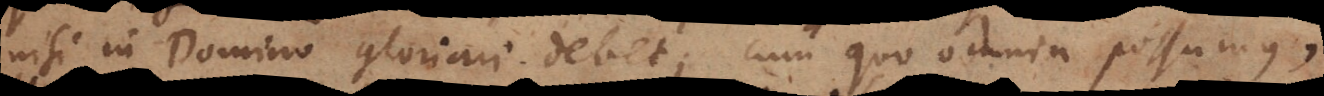
nisi in Domino gloriari debet, cum quo omnia possumus,